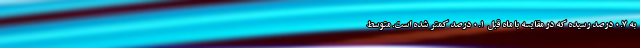
به ۰.۷ درصد رسیده که در مقایسه با ماه قبل ۰.۱ درصد کمتر شده است. متوسط